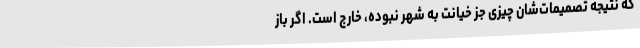
که نتیجه تصمیمات‌شان چیزی جز خیانت‌ به شهر نبوده، خارج است. اگر باز